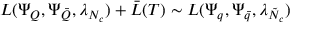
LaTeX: { \cal L } ( \Psi _ { Q } , \Psi _ { \bar { Q } } , \lambda _ { N _ { c } } ) + \bar { { \cal L } } ( T ) \sim { \cal L } ( \Psi _ { q } , \Psi _ { \bar { q } } , \lambda _ { \tilde { N } _ { c } } )